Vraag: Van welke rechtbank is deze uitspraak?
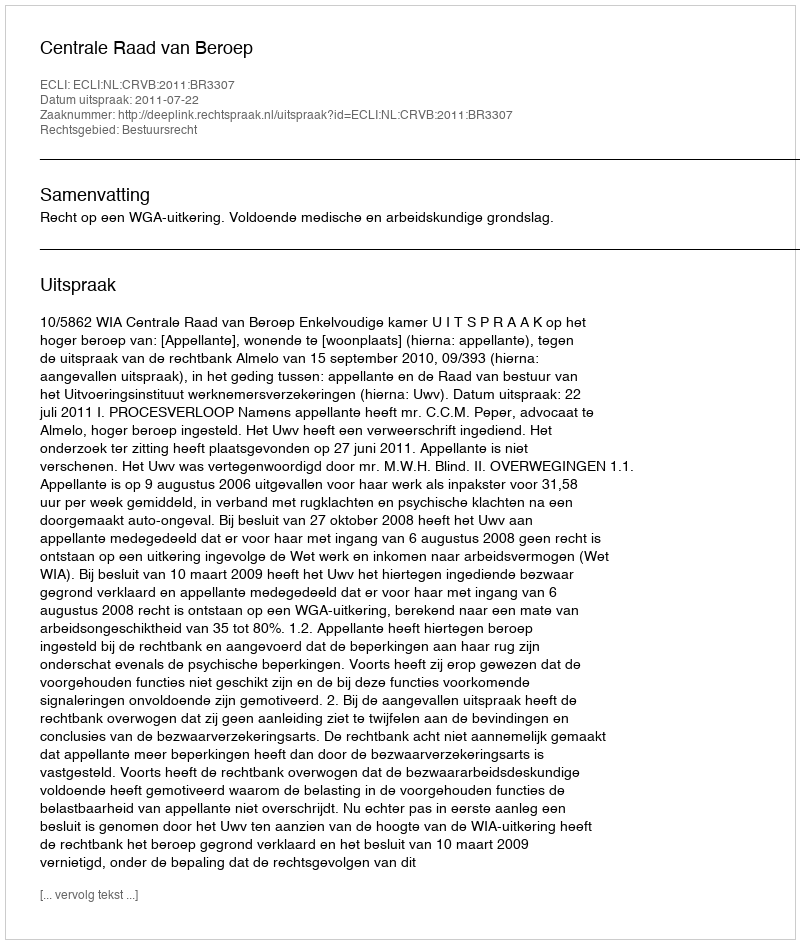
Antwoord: Centrale Raad van Beroep